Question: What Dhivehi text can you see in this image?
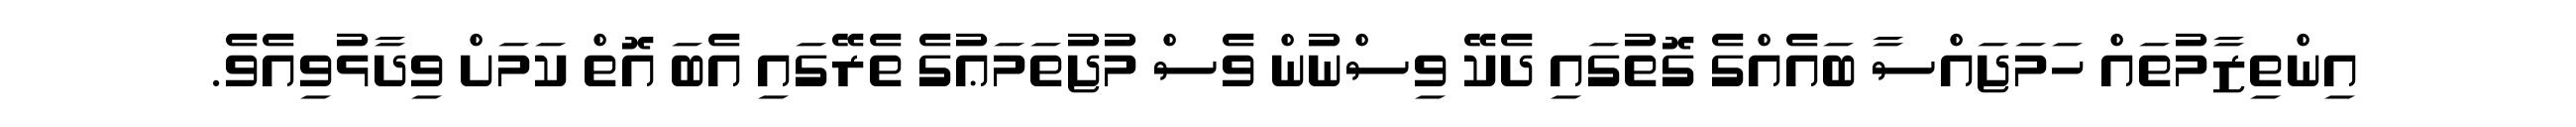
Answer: އިންތިޒާމުތައް ހަމަޖައްސާ ބައެއްގެ ގޮތުގައި ދެކޭ ވިސްނުން ވެސް މުޖުތަމަޢުގެ ތެރޭގައި އެބަ އޮތް ކަމަށް ވިދާޅުވިއެވެ.